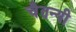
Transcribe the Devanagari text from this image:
चैतन्यी